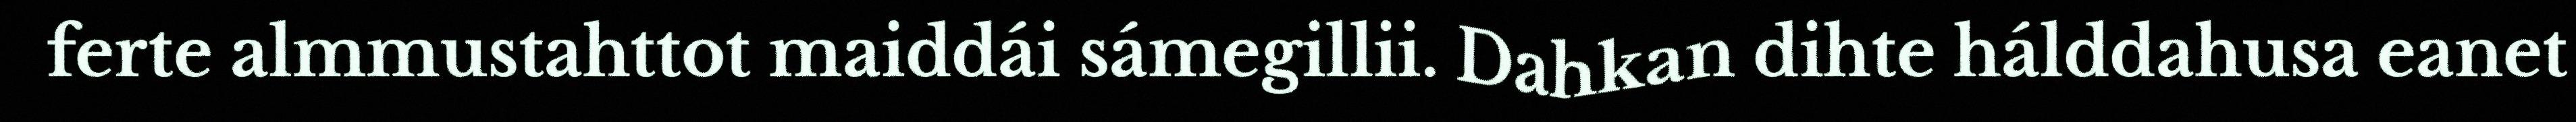
ferte almmustahttot maiddái sámegillii. Dahkan dihte hálddahusa eanet